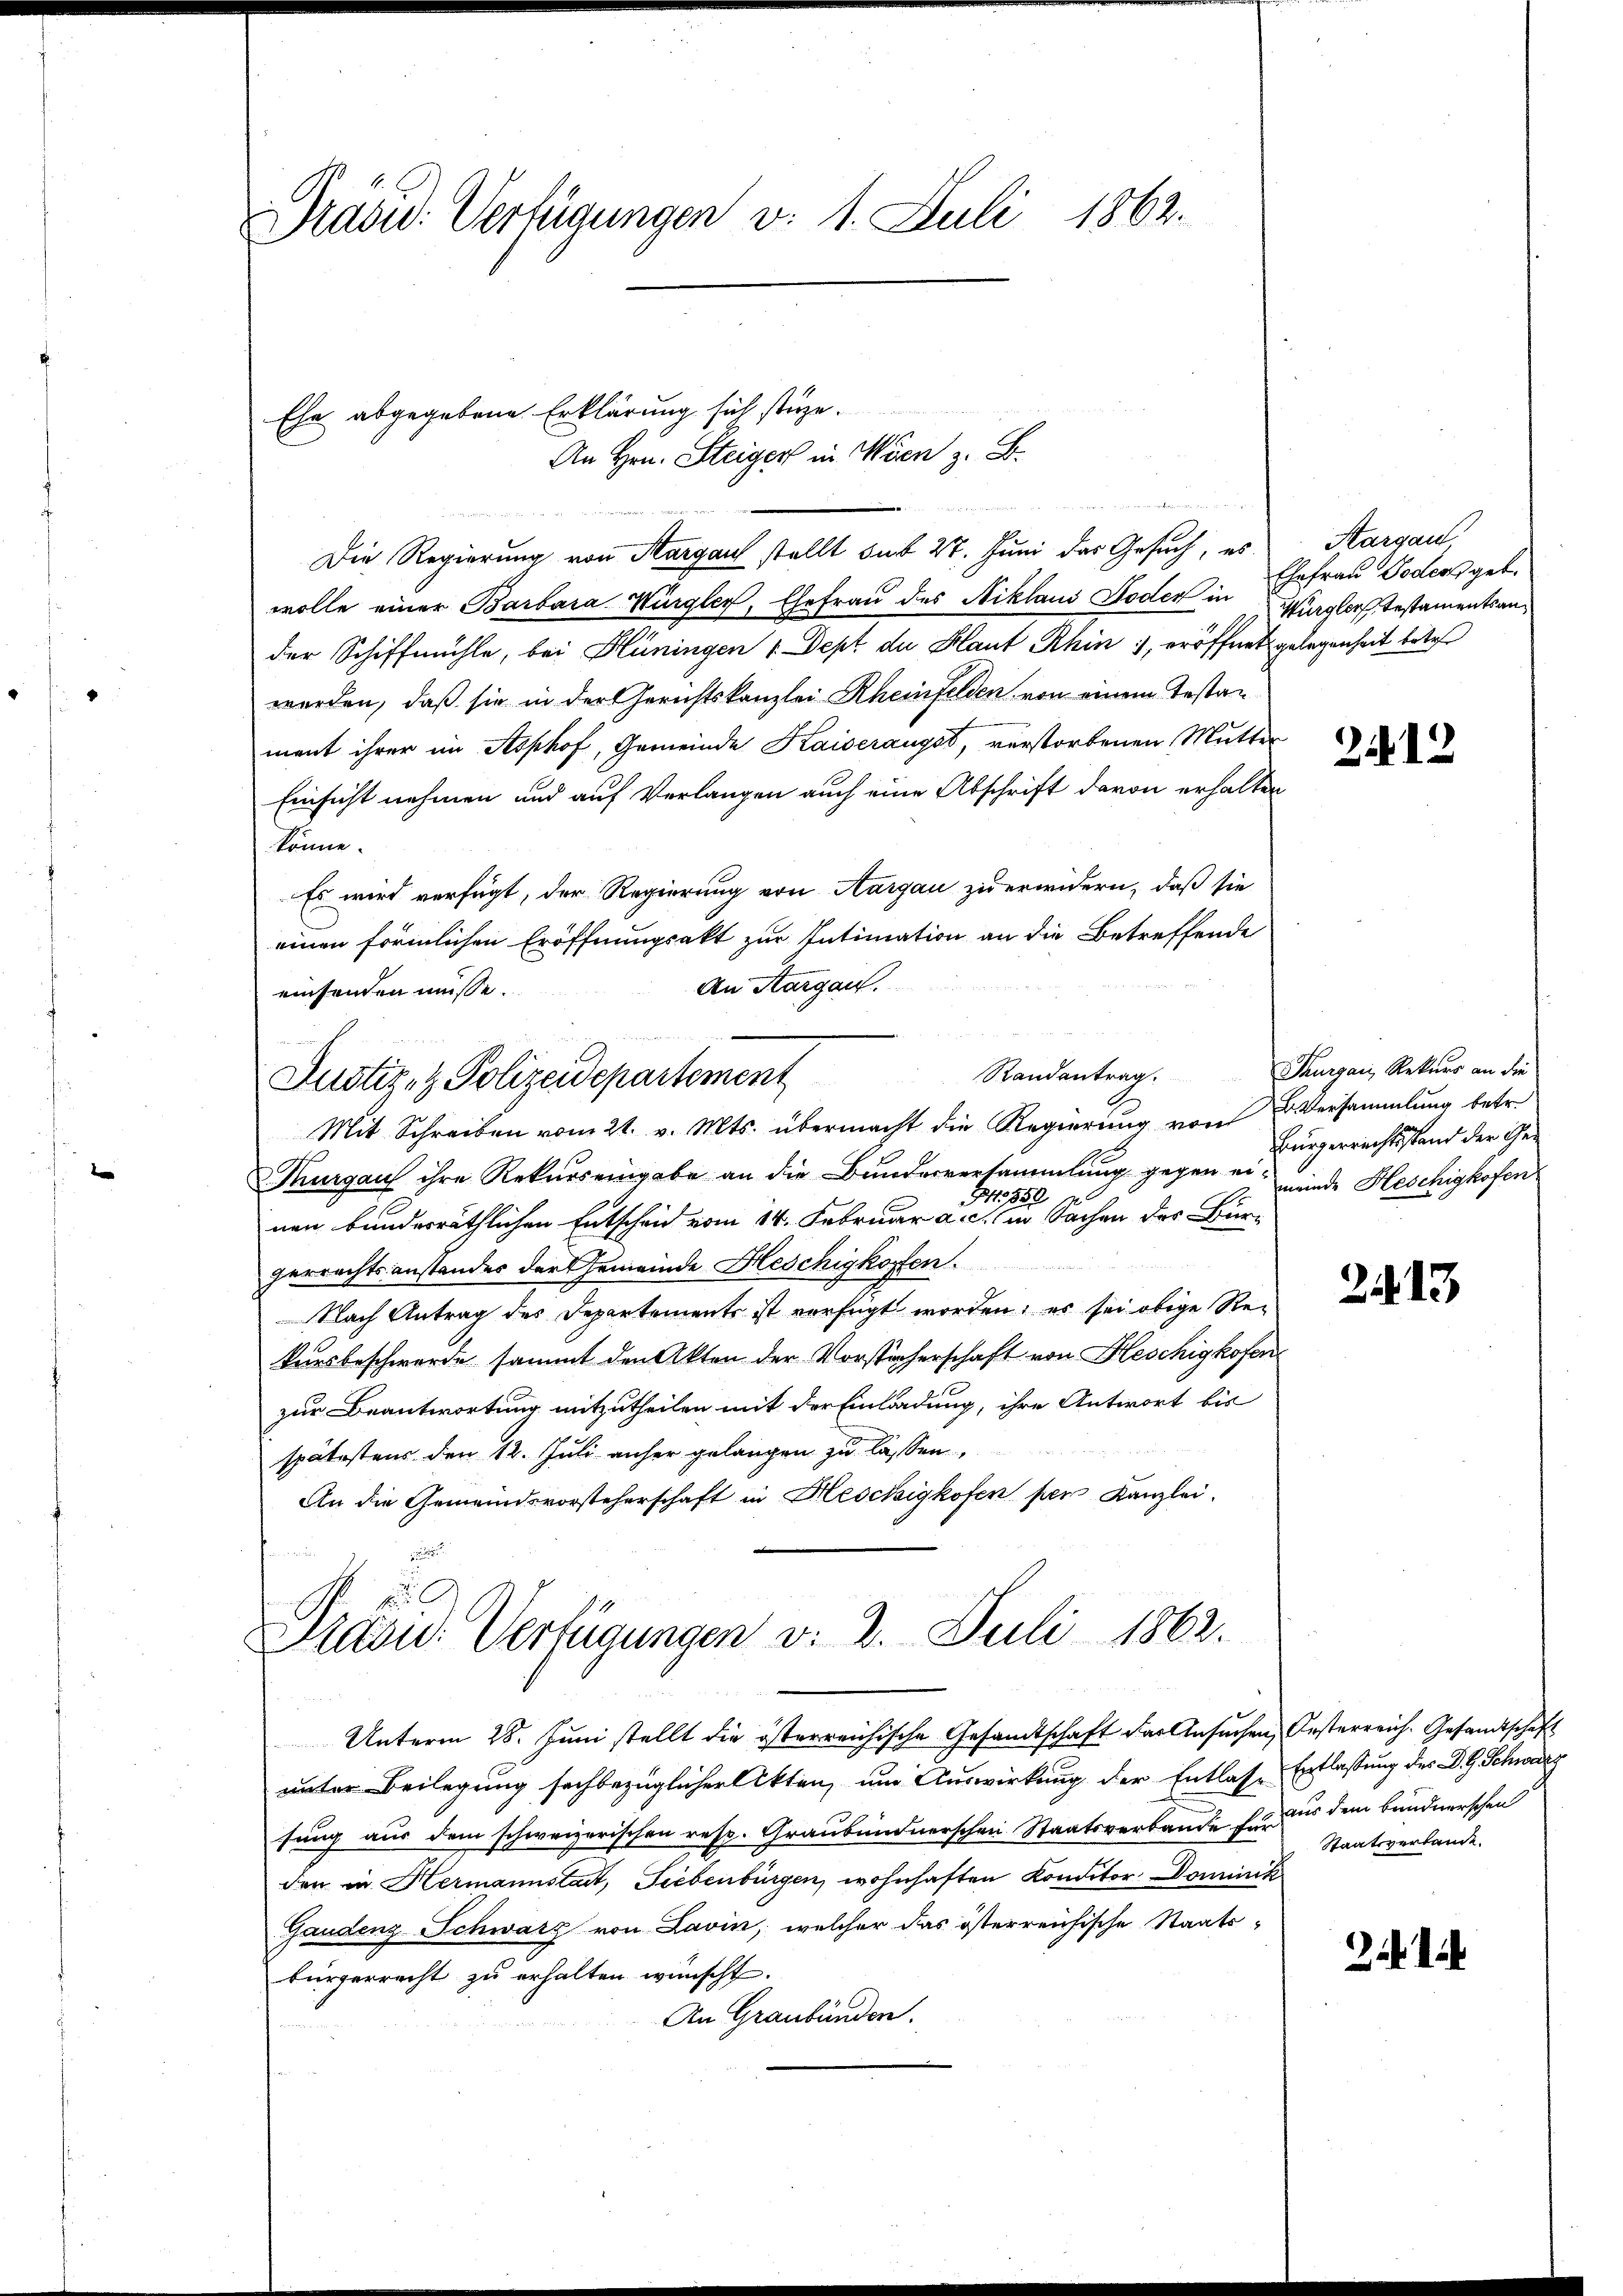
Präsid.: Verfügungen v. 1. Juli 1862.

Ehe abgegebene Erklärung sich stüze.
Die Regierung von Margau stellt sub 27. Juni das Gesuch, es
wolle einer Barbara Würgler, Ehefrau des Niklaus Boden in Zergler Testamentsander Schiffmühle, bei Hüningen 1 Sept de Haut Rhin, eröffnet gelegenheit betr.
werden, daß sie in der Gerichtskanzlei Rheinfelden von einem Testan
ment ihrer im Asphof, Gemeinde Kaiserangst, verstorbenen Mutter
Einsicht nehmen und auf Verlangen auch eine Abschrift davon erhalten
könne.
Es wird verfügt, der Regierung von Aargau zu erwidern, daß sie
einen förmlichen Eröffnungsakt zur Intimation an die Betreffende
An Margau.
einsenden müsse.
Randantrag. Thurgau, Rekurs an die
Justiz- & Polizeidepartement
Mit Schreiben vom 21. v. Mts. übermacht die Regierung von Eversammlung betr.
Thurgaus ihre Rekurs eingabe an die Bundesversammlung gegen ein meinde Heschigkofen
1530
.
nen bunderräthlichen Entscheid vom 14. Februar a. c. in Sachen des Bürgerrechtsanstandes der Gemeinde Heschigkoffen.
Nach Antrag des Departements ist vorfügt worden; es sei obige Rekursbeschwerde sammt den Akten der Vorsteherschaft von Heschigkofen
zur Beantwortung mitzutheilen mit der Einladung, ihre Antwort bis
spätestens den 12. Juli anher gelangen zu lassen,
An die Gemeindsvorsteherschaft in Hesckigkofen per Kanzlei.
hinein
.

An Hrn. Steiger in Wien z. B.
  aus den werden, in deute in an ihn au

Prazu. Verfügungen v. 2. Juli 1862.
 2

Unterm 28. Juni stellt die österreichische Gesandtschaft der Ansuchen Oesterreich. Gesandtschaft
unter Beilegung sachbezüglicher Akten, um Auswirkung der Entlasse Entlassung des D. G. Schwarz
sung aus dem schweizerischen resp. Graubündnerschen Staatsverbande für aus dem bundnerschen
den in Hermannstadt, Liebenbürgen, wohnhaften Konditor Dominik
Gaudenz-Schwarz von Lavin, welcher das österreichische Staats-
bürgerrecht zu erhalten wünscht.
An Graubünden.

Aargau,
Ehefrau Doder geb.

22

Bürgerrechtsstand der Ge¬

2413

Staatsverlande.